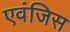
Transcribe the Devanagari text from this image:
एवंजिस